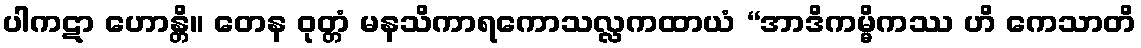
ပါကဋာ ဟောန္တိ။ တေန ဝုတ္တံ မနသိကာရကောသလ္လကထာယံ “အာဒိကမ္မိကဿ ဟိ ကေသာတိ